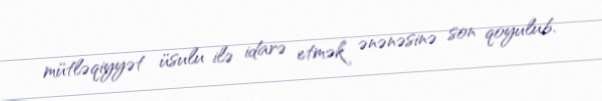
mütləqiyyət üsulu ilə idarə etmək ənənəsinə son qoyulub.